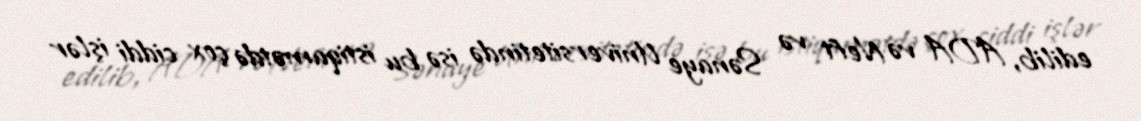
edilib, ADA və Neft və Sənaye Universitetində isə bu istiqamətdə çox ciddi işlər